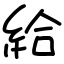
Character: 給